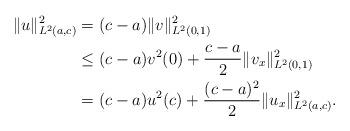
LaTeX: \begin{align*}\|u\|^2_{L^2(a,c)}&=(c-a)\|v\|^2_{L^2(0,1)}\\&\leq (c-a) v^2(0)+ \frac{c-a}{2}\|v_x\|^2_{L^2(0,1)}\\&=(c-a) u^2(c)+\frac{(c-a)^2}{2}\|u_x\|^2_{L^2(a,c)}.\end{align*}